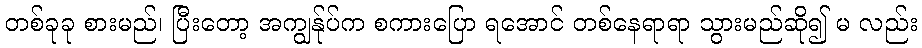
တစ်ခုခု စားမည်၊ ပြီးတော့ အကျွန်ုပ်က စကားပြော ရအောင် တစ်နေရာရာ သွားမည်ဆို၍ မ လည်း